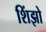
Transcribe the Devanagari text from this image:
शिंझो